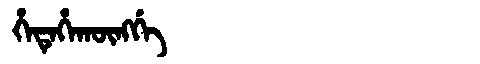
Manchu: ᡥᡝᡨᡝᡥᠠᡴᡡᠩᡤᡝ
Romanization: HETEHAKŪNGGE